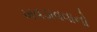
ખવડાવવાનો